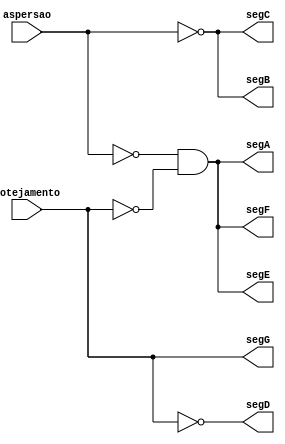
module encoderTipoRega(
  gotejamento,
  aspersao,
  segA,
  segB,
  segC,
  segD,
  segE,
  segF,
  segG
);

input gotejamento, aspersao;
output segA, segB, segC, segD, segE, segF, segG;

and (segA, !aspersao, !gotejamento);

not (segB, aspersao);

not (segC, aspersao);

not (segD, gotejamento);

and (segE, !aspersao, !gotejamento);

and (segF, !aspersao, !gotejamento);

and (segG, gotejamento, gotejamento);

endmodule